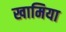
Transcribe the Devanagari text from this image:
खामिया